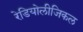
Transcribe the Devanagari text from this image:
रेडियोलीजिकल